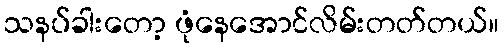
သနပ်ခါးတော့ ဖုံနေအောင်လိမ်းတတ်တယ်။